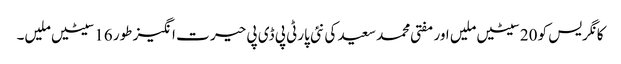
کانگریس کو 20سیٹیں ملیں اور مفتی محمد سعید کی نئی پارٹی پی ڈی پی حیر ت انگیز طور 16سیٹیں ملیں۔